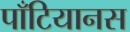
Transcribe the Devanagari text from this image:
पाँटियानस